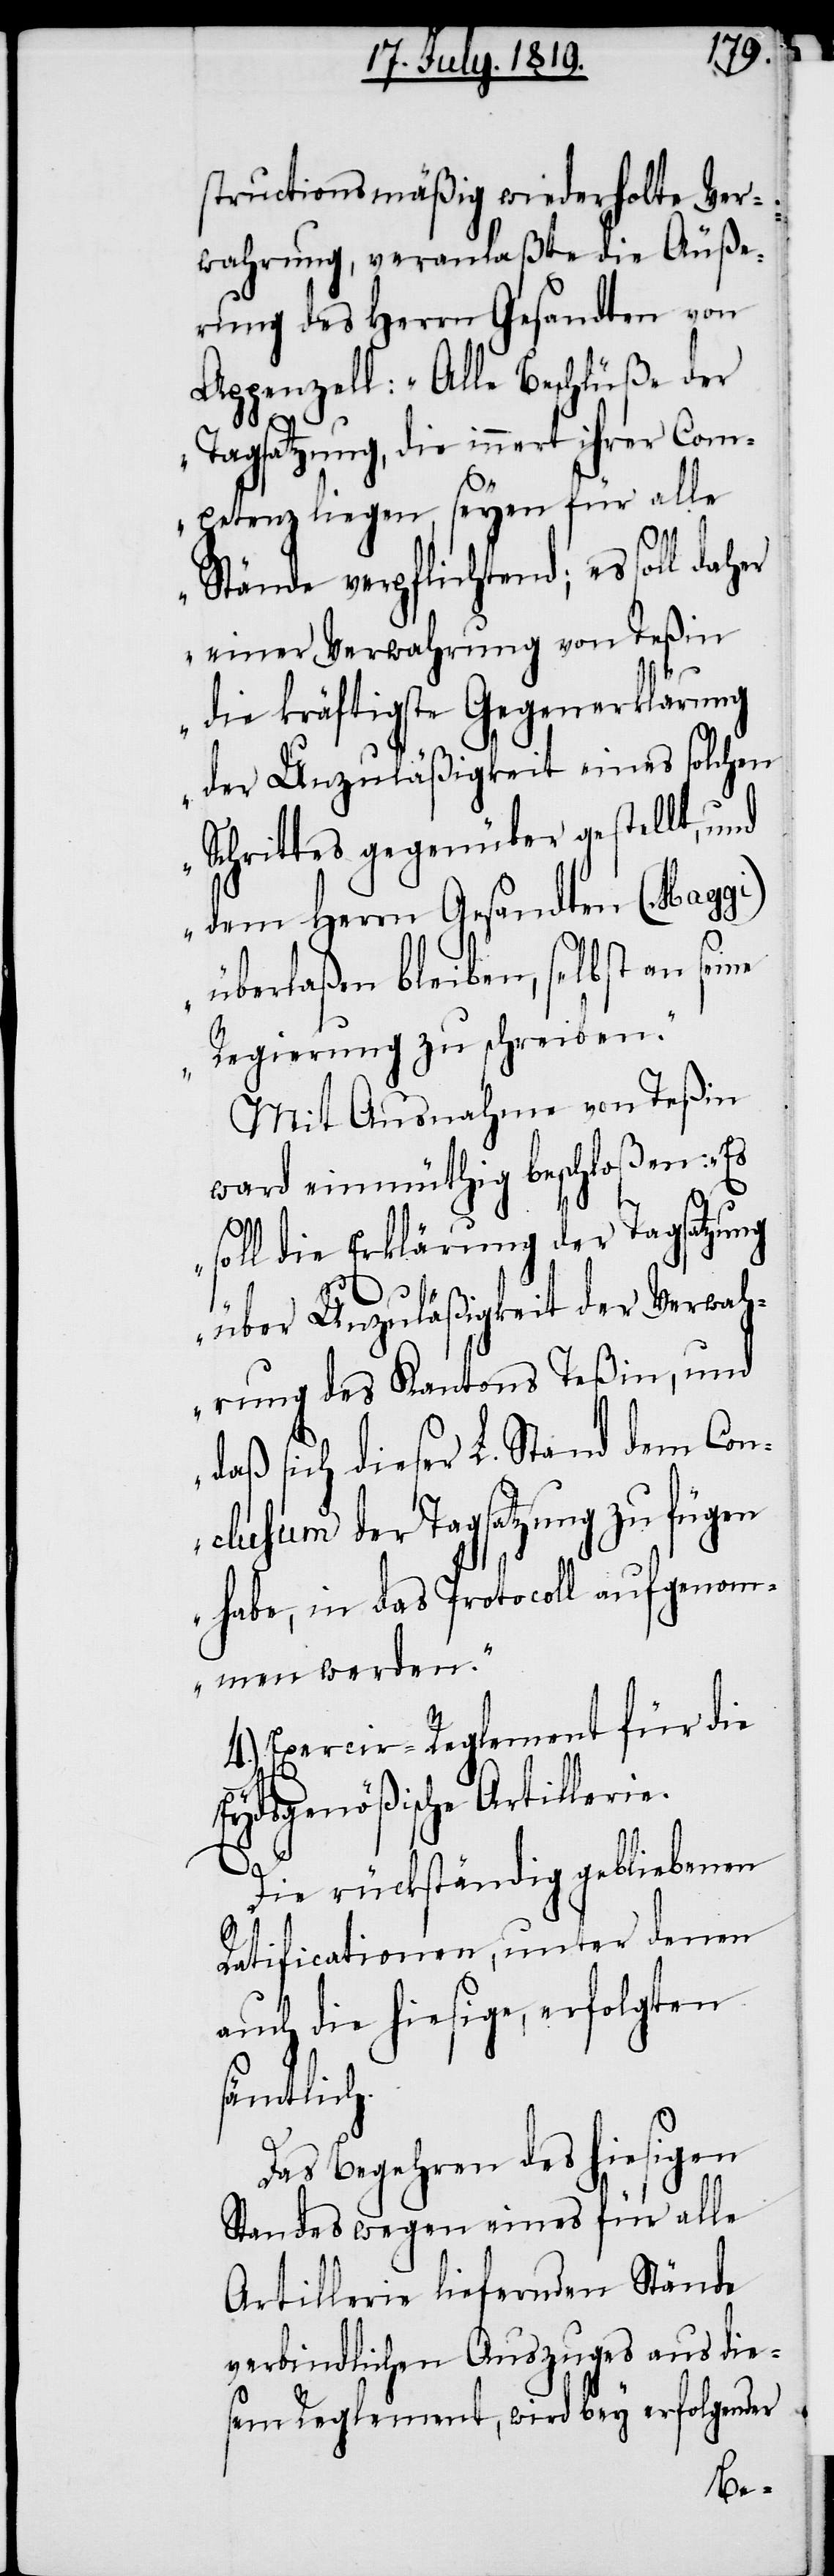
structionsmäßig wiederholte Ver¬
wahrung, veranlaßte die Äuße¬
rung des Herrn Gesandten von
Appenzell: „Alle Beschlüße der
Tagsatzung, die innert ihrer Com¬
petenz liegen, seyen für alle
Stände verpflichtend; es soll daher
einer Verwahrung von Teßin
die kräftigste Gegenerklärung
der Unzuläßigkeit eines solchen
Schrittes gegenüber gestellt, und
dem Herrn Gesandten (Maggi)
überlaßen bleiben, selbst an
Regierung zu schreiben.“
Mit Ausnahme von Teßin
ward einmüthig beschloßen: „Es
soll die Erklärung der Tagsatzung
über Unzuläßigkeit der Verwah¬
rung des Kantons Teßin, und
daß sich dieser L. Stand dem Con¬
clusum der Tagsatzung zu fügen
habe, in das Protocoll aufgenom¬
men werden.“
4.) Exercir-Reglement für die
Eydsgenößische Artillerie.
Die rückständig gebliebenen
Ratificationen, unter denen
auch die hiesige, erfolgten
sämtlich.
Das Begehren des hiesigen
Standes wegen eines für alle
Artillerie liefernden Stände
verbindlichen Auszuges aus die¬
sem Reglement, wird bey erfolgender